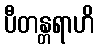
ပီတန္တရာဟိ